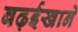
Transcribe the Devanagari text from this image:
बढ़ईखाने